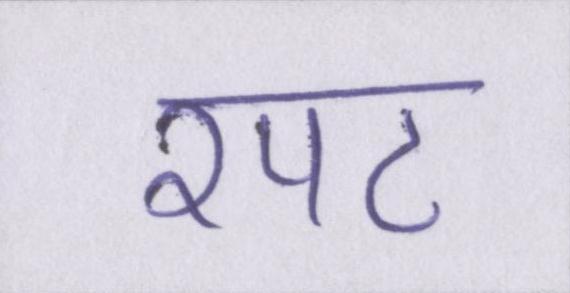
रपट